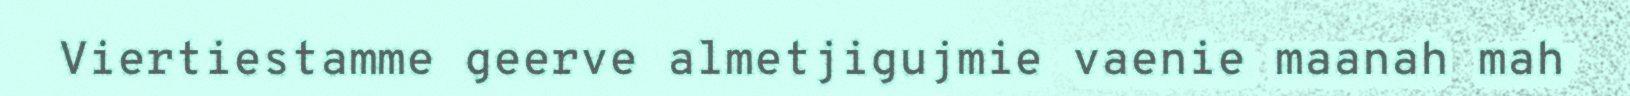
Viertiestamme geerve almetjigujmie vaenie maanah mah